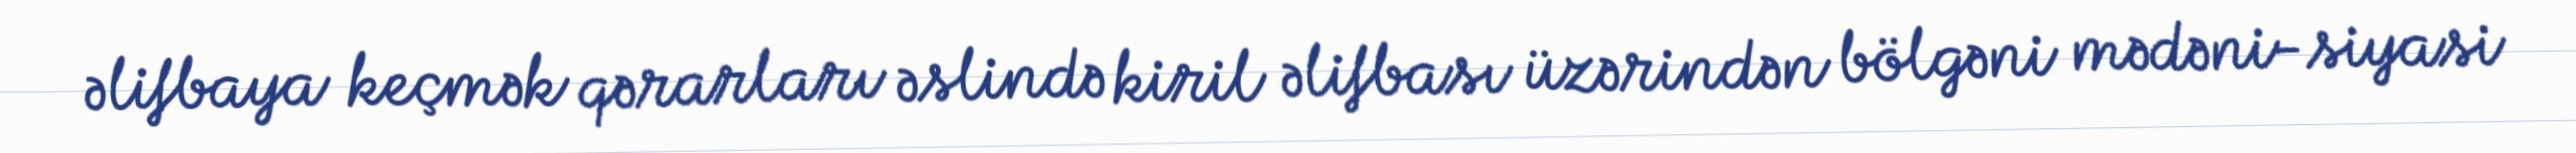
əlifbaya keçmək qərarları əslində kiril əlifbası üzərindən bölgəni mədəni-siyasi